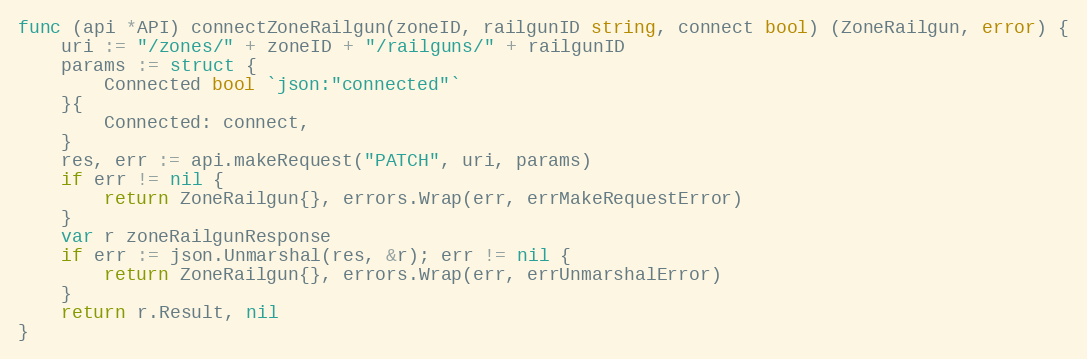
Language: Go
func (api *API) connectZoneRailgun(zoneID, railgunID string, connect bool) (ZoneRailgun, error) {
	uri := "/zones/" + zoneID + "/railguns/" + railgunID
	params := struct {
		Connected bool `json:"connected"`
	}{
		Connected: connect,
	}
	res, err := api.makeRequest("PATCH", uri, params)
	if err != nil {
		return ZoneRailgun{}, errors.Wrap(err, errMakeRequestError)
	}
	var r zoneRailgunResponse
	if err := json.Unmarshal(res, &r); err != nil {
		return ZoneRailgun{}, errors.Wrap(err, errUnmarshalError)
	}
	return r.Result, nil
}